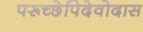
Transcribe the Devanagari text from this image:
परूच्छेपिदेवोदास